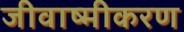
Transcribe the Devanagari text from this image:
जीवाष्मीकरण